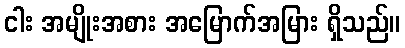
ငါး အမျိုးအစား အမြောက်အမြား ရှိသည်။